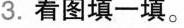
3.看图填一填。